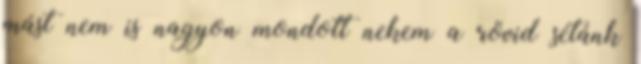
mást nem is nagyon mondott nekem a rövid sétánk